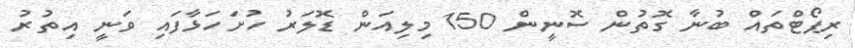
ރިޕޯޓްތައް ބުނާ ގޮތުން ސޮނީން 150 މިލިއަން ޑޮލަރު ހުށަހަޅާފައި ވަނީ އިތުރު